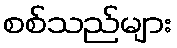
စစ်သည်များ